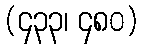
(၄၃၃၊ ၄၈၀)